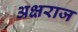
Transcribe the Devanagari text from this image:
अक्षराज